Distribution and causation of leprosy in British India
Year: 1875
Disease focus: Leprosy
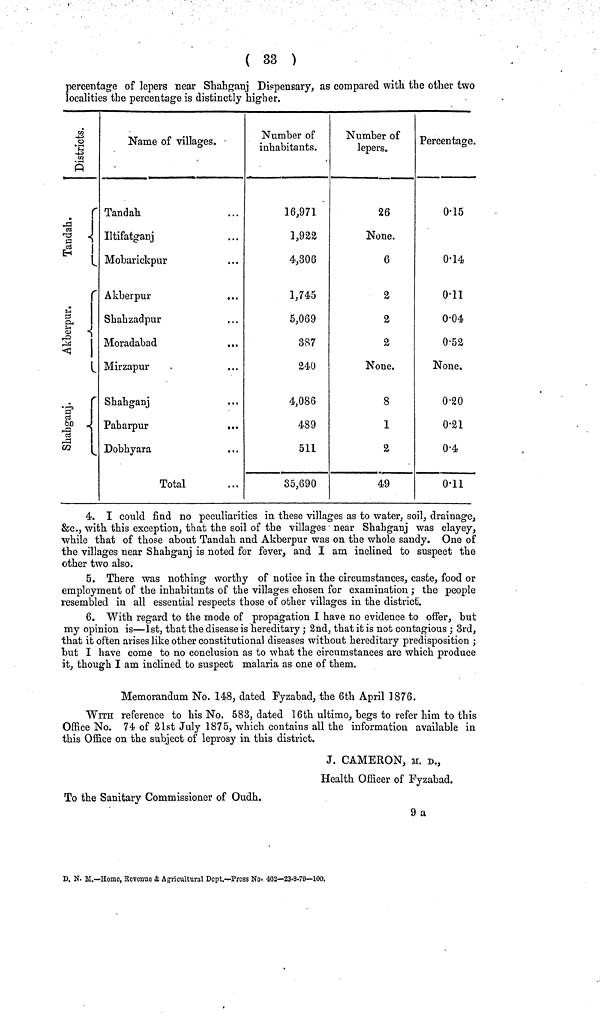
( 33 )
percentage of lepers near Shahganj Dispensary, as compared with the other two
localities the percentage is distinctly higher.
Districts
Tandah.
Name of villages.
Tandah
Iltifatganj
Mobarickpur
Akberpur
...
Shahzadpur
Moradabad
Mirzapur
Shahganj
Paharpur
Dobhyara
Total
Number of
inhabitants.
16,971
1,922
4,306
1,745
5,069
387
240
4,086
489
511
35,690
Number of
lepers.
26
None.
6
2
2
2
None.
8
1
2
49
Percentage.
0·15
0·14
0·11
0·04
0-52
None.
0-20
0-21
0-4
0-11
4. I could find no peculiarities in these villages as to water, soil, drainage,
&c., with this exception, that the soil of the villages near Shahganj was clayey,
while that of those about Tandah and Akberpur was on the whole sandy. One of
the villages near Shahganj is noted for fever, and I am inclined to suspect the
other two also.
5. There was nothing worthy of notice in the circumstances, caste, food or
employment of the inhabitants of the villages chosen for examination ; the people
resembled in all essential respects those of other villages in the district.
6. With regard to the mode of propagation I have no evidence to offer, but
my opinion is—1st, that the disease is hereditary ; 2nd, that it is not contagious ; 3rd,
that it often arises like other constitutional diseases without hereditary predisposition ;
but I have come to no conclusion as to what the circumstances are which produce
it, though I am inclined to suspect malaria as one of them.
Memorandum No. 148, dated Fyzabad, the 6th April 1876.
WITH reference to his No. 583, dated 16th ultimo, begs to refer him to this
Office No. 74 of 21st July 1875, which contains all the information available in
this Office on the subject of leprosy in this district.
J. CAMERON, M. D.,
Health Officer of Fyzabad.
To the Sanitary Commissioner of Oudh.
9 a
D. N. M.—Home, Kevenue & Agricultural Dept.—Press No- 402—23-8.79—100.